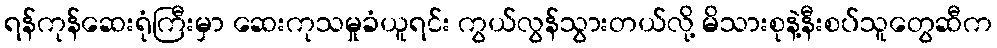
ရန်ကုန်ဆေးရုံကြီးမှာ ဆေးကုသမှုခံယူရင်း ကွယ်လွန်သွားတယ်လို့ မိသားစုနဲ့နီးစပ်သူတွေဆီက